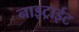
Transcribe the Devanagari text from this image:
नाइट्राईट